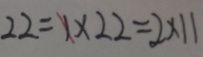
2 2 = 1 \times 2 2 = 2 \times 1 1